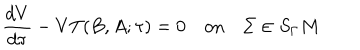
\frac { d V } { d \tau } - V T ( B , A ; \tau ) = 0 \quad \mathrm { o n } \quad \Sigma \in S _ { \Gamma } M